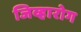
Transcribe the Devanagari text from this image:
जिव्हारोग